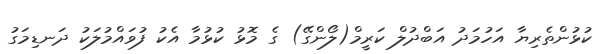
ކުޅުންތެރިޔާ އަހުމަދު އަބްދުލް ކަރީމް(ލޯންގޭ) ގެ މޮޅު ކުޅުމާ އެކު ފުވައްމުލަކު ދަނޑިމަގު